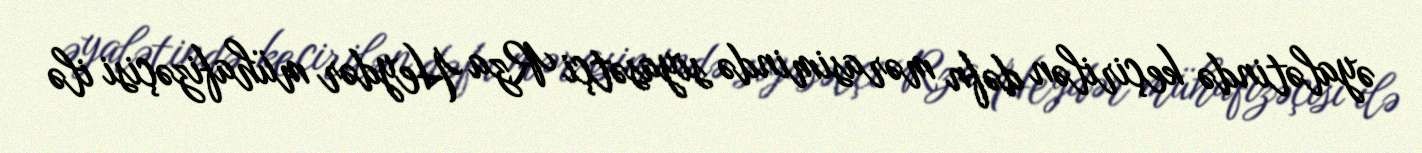
əyalətində keçirilən dəfn mərasimində siyasətçi Rza Heydər mühafizəçisi ilə